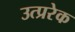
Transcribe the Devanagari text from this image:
उत्प्ररेक